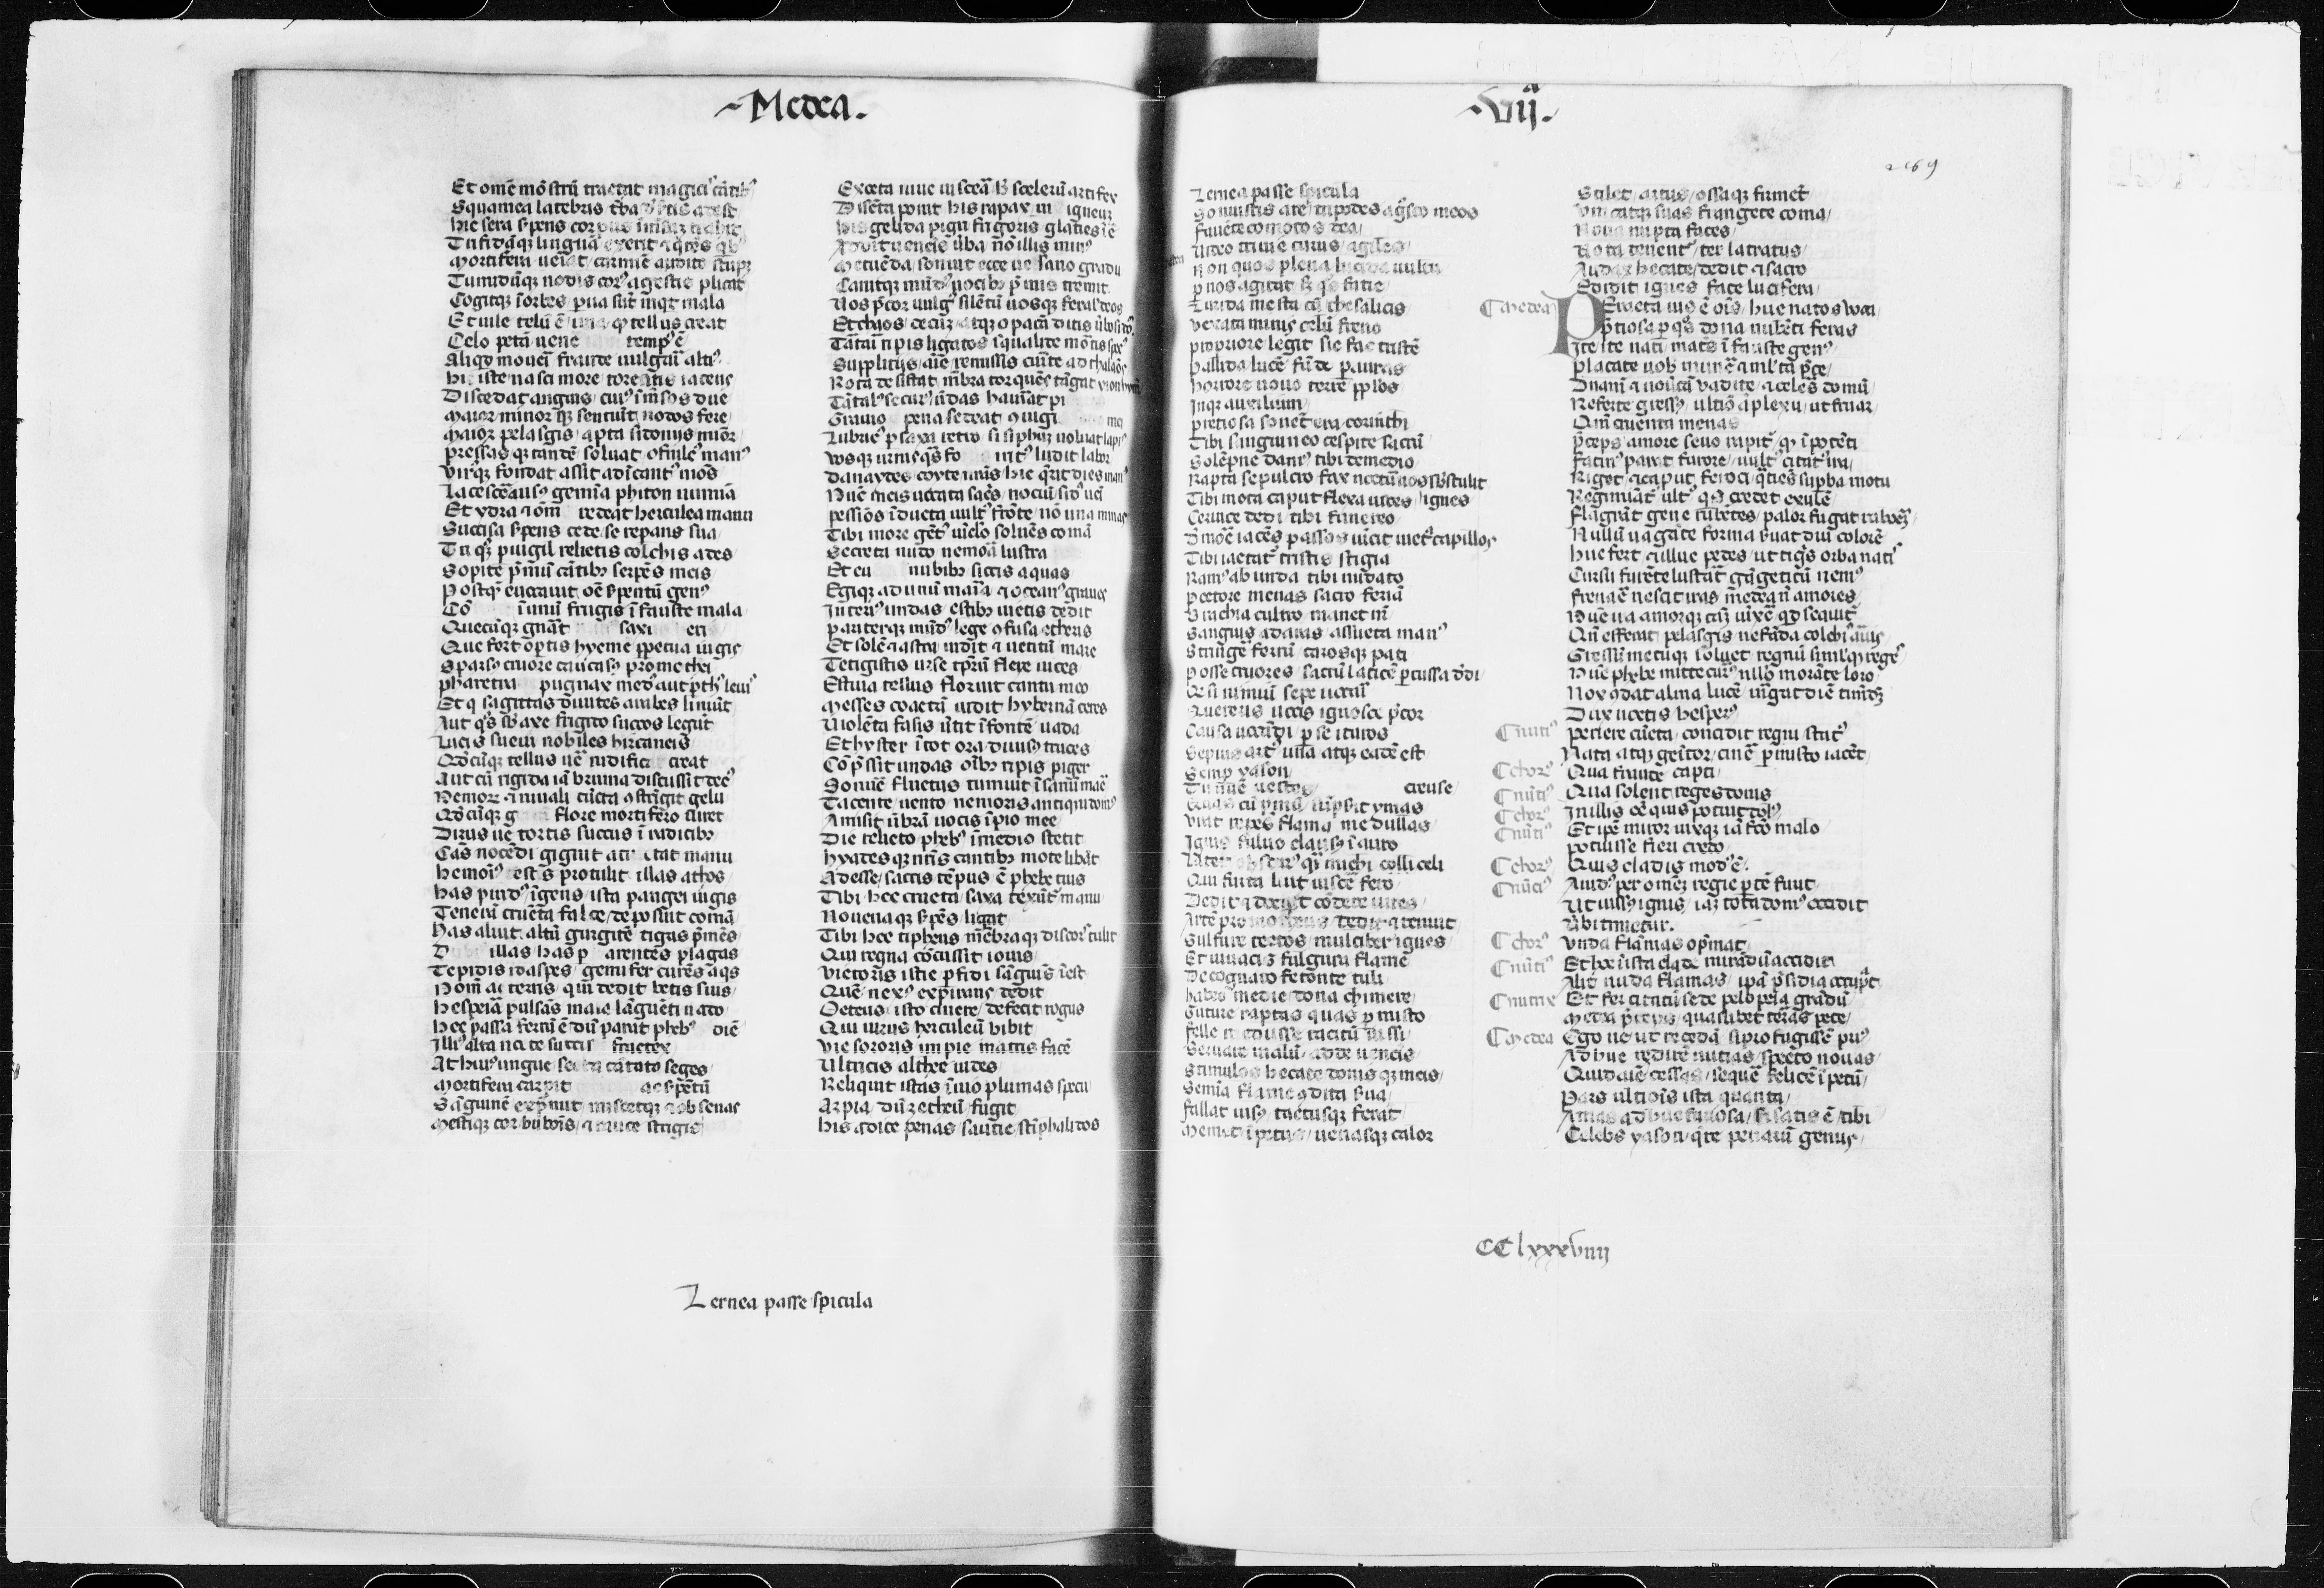
Shelfmark: Paris, BnF, lat. 6395
Century: 14